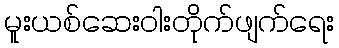
မူးယစ်ဆေးဝါးတိုက်ဖျက်ရေး